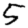
Digit: 5